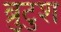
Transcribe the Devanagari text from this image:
ब्रुटुश